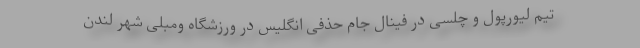
تیم لیورپول و چلسی در فینال جام حذفی انگلیس در ورزشگاه ومبلی شهر لندن